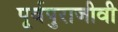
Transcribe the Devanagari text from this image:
पूर्वपुराजीवी